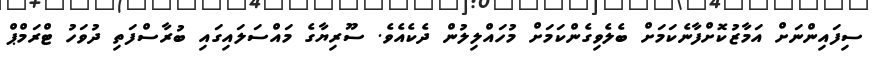
ސިފައިންނަށް އަމާޒުކޮށްފާނެކަމަށް ބެލެވިގެންކަމަށް މުހައްލިލުން ދެކެއެވެ. ސޫރިޔާގެ މައްސަލައިގައި ބުރާސްފަތި ދުވަހު ޓްރަމްޕް